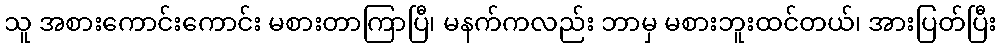
သူ အစားကောင်းကောင်း မစားတာကြာပြီ၊ မနက်ကလည်း ဘာမှ မစားဘူးထင်တယ်၊ အားပြတ်ပြီး